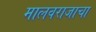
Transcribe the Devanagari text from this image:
मालवराजाचा